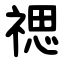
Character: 禗